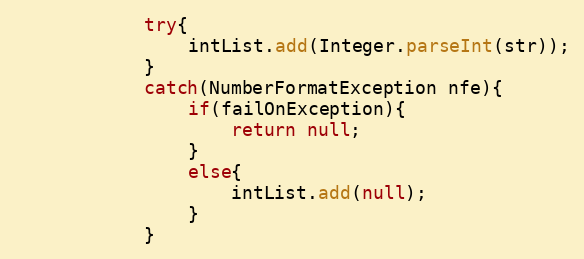
Language: Java
			try{
				intList.add(Integer.parseInt(str));
			}
			catch(NumberFormatException nfe){
				if(failOnException){
					return null;
				}
				else{
					intList.add(null);
				}
			}